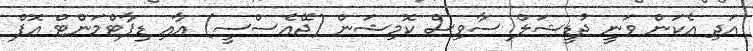
އަދި އެކަން ވަނީ ޖުޑީޝަލް ސާވިސް ކޮމިޝަން (ޖޭއެސްސީ) އާއި ޑިޕާޓްމަންޓް އޮފް